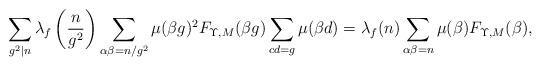
LaTeX: \begin{align*} & \sum_{g^2|n} \lambda_f\left(\frac{n}{g^2}\right) \sum_{\alpha\beta=n/g^2}\mu(\beta g)^2 F_{\Upsilon,M}(\beta g) \sum_{cd=g}\mu(\beta d) = \lambda_f(n) \sum_{\alpha\beta=n} \mu(\beta) F_{\Upsilon,M}(\beta), \end{align*}